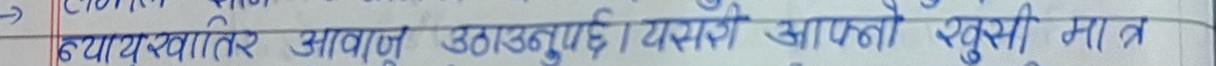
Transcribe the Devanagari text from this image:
उययय खातेर आवाज उठाउनुपर्छ । यसरी आफ्नो खुसी मात्र